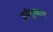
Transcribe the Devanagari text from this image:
सर्वमुच्चार्य